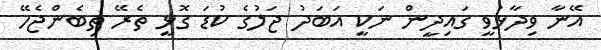
އޭނާ ވިދާޅުވީ ގައިދީން ނަކީ އަބަދު ޖަލުގެ ކުޑަ ގޮޅީ ތެރޭ ތިބެންޖެހޭ